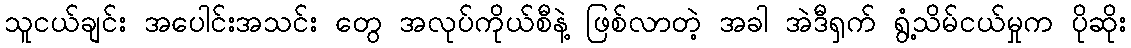
သူငယ်ချင်း အပေါင်းအသင်း တွေ အလုပ်ကိုယ်စီနဲ့ ဖြစ်လာတဲ့ အခါ အဲဒီရှက် ရွံ့သိမ်ငယ်မှုက ပိုဆိုး